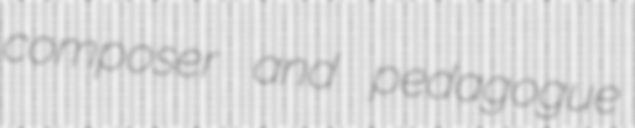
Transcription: composer and pedagogue